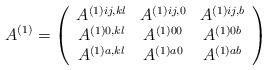
LaTeX: \begin{align*}A^{(1)}=\left( \begin{array}{ccc} A^{(1)ij,kl} & A^{(1)ij,0} & A^{(1)ij,b} \\ A^{(1)0,kl} & A^{(1)00} & A^{(1)0b} \\ A^{(1)a,kl} & A^{(1)a0} & A^{(1)ab} \end{array}\right)\end{align*}